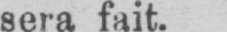
sera fait.